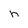
Character: h